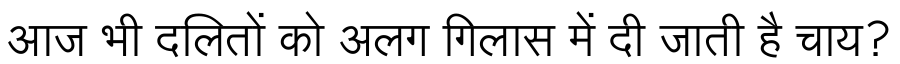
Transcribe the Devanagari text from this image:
आज भी दलितों को अलग गिलास में दी जाती है चाय?